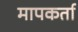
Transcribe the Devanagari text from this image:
मापकर्ता